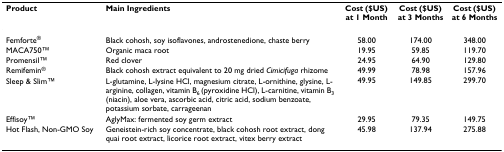
<table><thead><tr><td><b>Product</b></td><td><b>Main Ingredients</b></td><td><b>Cost ($US) at 1 Month</b></td><td><b>Cost ($US) at 3 Months</b></td><td><b>Cost ($US) at 6 Months</b></td></tr></thead><tbody><tr><td>Femforte<sup>®</sup></td><td>Black cohosh, soy isoflavones, androstenedione, chaste berry</td><td>58.00</td><td>174.00</td><td>348.00</td></tr><tr><td>MACA750TM</td><td>Organic maca root</td><td>19.95</td><td>59.85</td><td>119.70</td></tr><tr><td>PromensilTM</td><td>Red clover</td><td>24.95</td><td>64.90</td><td>129.80</td></tr><tr><td>Remifemin<sup>®</sup></td><td>Black cohosh extract equivalent to 20 mg dried <i>Cimicifuga </i>rhizome</td><td>49.99</td><td>78.98</td><td>157.96</td></tr><tr><td>Sleep &amp; SlimTM</td><td>L-glutamine, L-lysine HCl, magnesium citrate, L-ornithine, glysine, L-arginine, collagen, vitamin B<sub>6 </sub>(pyroxidine HCl), L-carnitine, vitamin B<sub>3 </sub>(niacin), aloe vera, ascorbic acid, citric acid, sodium benzoate, potassium sorbate, carrageenan</td><td>49.95</td><td>149.85</td><td>299.70</td></tr><tr><td>EffisoyTM</td><td>AglyMax: fermented soy germ extract</td><td>29.95</td><td>79.35</td><td>149.75</td></tr><tr><td>Hot Flash, Non-GMO Soy</td><td>Geneistein-rich soy concentrate, black cohosh root extract, dong quai root extract, licorice root extract, vitex berry extract</td><td>45.98</td><td>137.94</td><td>275.88</td></tr></tbody></table>